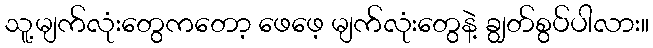
သူ့မျက်လုံးတွေကတော့ ဖေဖေ့ မျက်လုံးတွေနဲ့ ချွတ်စွပ်ပါလား။